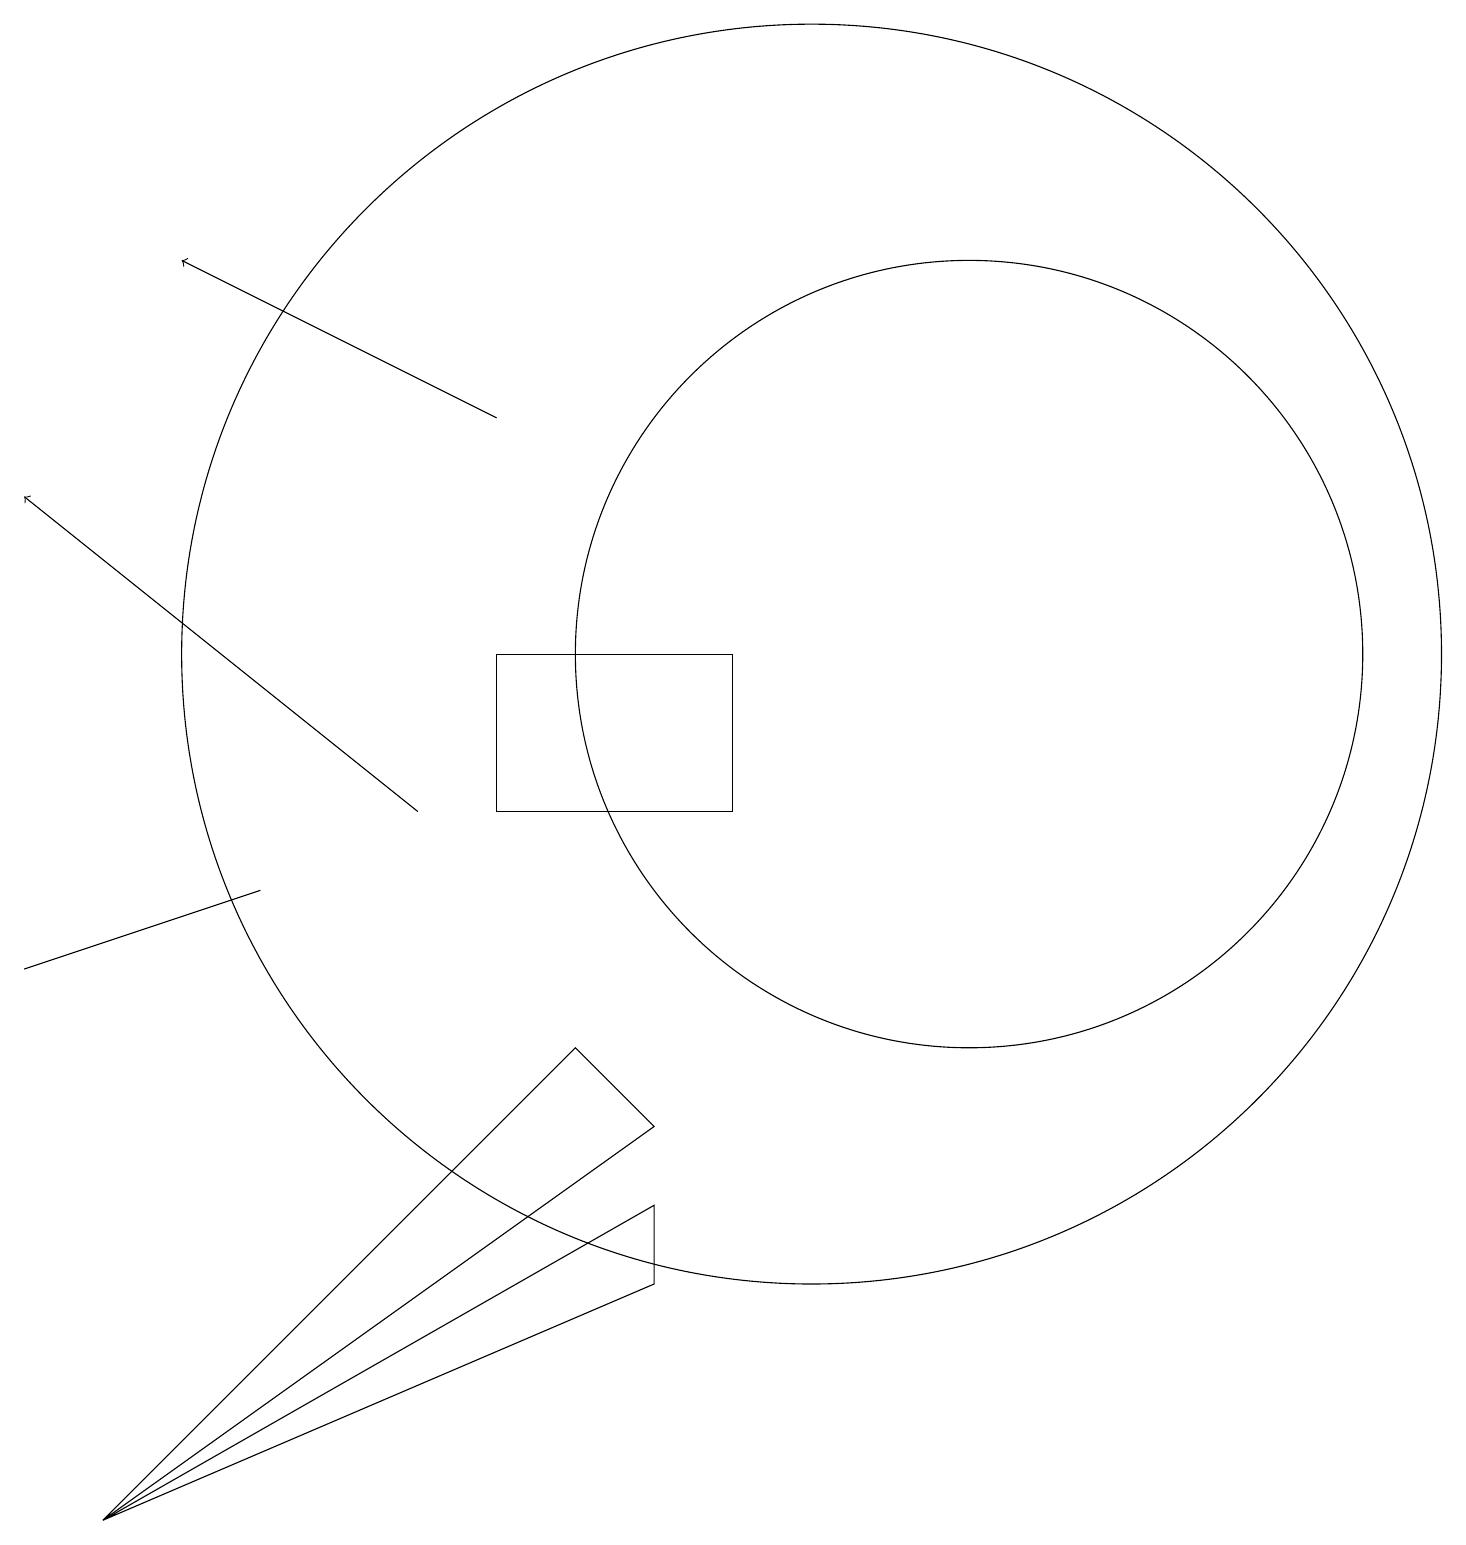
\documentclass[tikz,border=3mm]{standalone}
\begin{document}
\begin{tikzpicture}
\draw (12,12) circle (5);
\draw (8,6) -- (7,7) -- (1,1) -- cycle;
\draw (6,10) rectangle (9,12);
\draw (3,9) -- (0,8) -- (3,9) -- cycle;
\draw[->] (5,10) -- (0,14);
\draw (10,12) circle (8);
\draw[->] (6,15) -- (2,17);
\draw (1,1) -- (8,5) -- (8,4) -- cycle;
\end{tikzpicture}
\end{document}